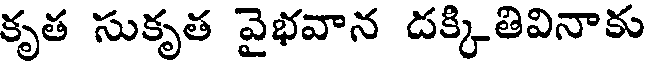
కృత సుకృత వైభవాన దక్కితివినాకు